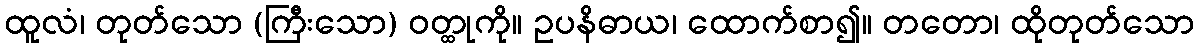
ထူလံ၊ တုတ်သော (ကြီးသော) ဝတ္ထုကို။ ဥပနိဓာယ၊ ထောက်စာ၍။ တတော၊ ထိုတုတ်သော